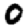
Digit: 0